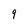
Character: 9